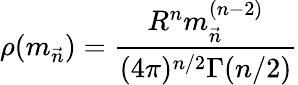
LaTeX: \rho({m}_{\vec{n}})=\frac{R^{n}{{m}_{\vec{n}}^{(n-2)}}}{(4\pi)^{n/2}\Gamma(n/2)}